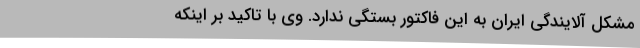
مشکل آلایندگی ایران به این فاکتور بستگی ندارد. وی با تاکید بر اینکه